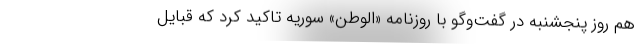
هم روز پنجشنبه در گفت‌وگو با روزنامه «الوطن» سوریه تاکید کرد که قبایل